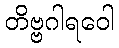
တိဗ္ဗဂါရဝေါ